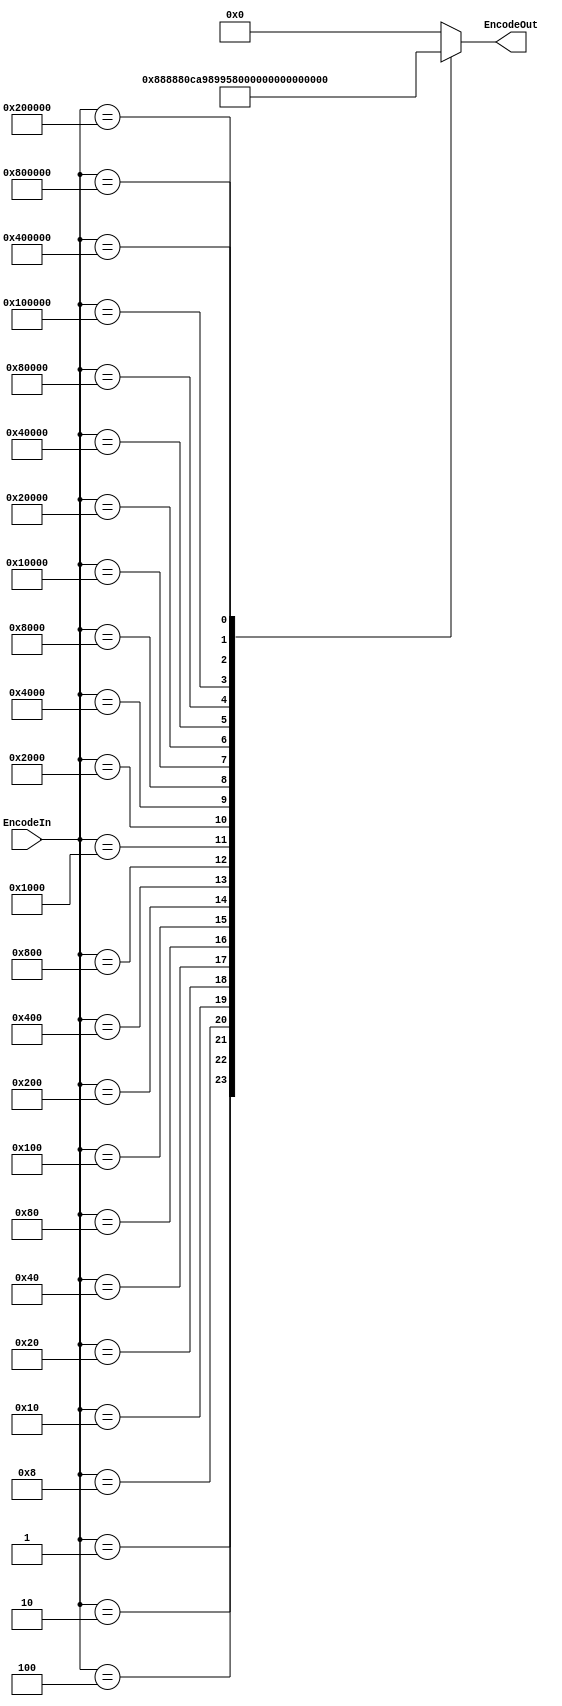
module Encoder(EncodeIn, EncodeOut);
	input [31:0] 	 EncodeIn;
	output reg [4:0] EncodeOut;
	
	always @(EncodeIn) begin
	case(EncodeIn)
	 //32'b00000000000000000000000000000000 : EncodeOut = 5'b00000;
    32'b00000000000000000000000000000001 : EncodeOut <= 5'b00001;
    32'b00000000000000000000000000000010 : EncodeOut <= 5'b00010;
    32'b00000000000000000000000000000100 : EncodeOut <= 5'b00100;
    32'b00000000000000000000000000001000 : EncodeOut <= 5'b01000;
    32'b00000000000000000000000000010000 : EncodeOut <= 5'b10000;
    32'b00000000000000000000000000100000 : EncodeOut <= 5'b00011;
    32'b00000000000000000000000001000000 : EncodeOut <= 5'b00101;
    32'b00000000000000000000000010000000 : EncodeOut <= 5'b01001;
    32'b00000000000000000000000100000000 : EncodeOut <= 5'b10001;
    32'b00000000000000000000001000000000 : EncodeOut <= 5'b00110;
    32'b00000000000000000000010000000000 : EncodeOut <= 5'b01010;
    32'b00000000000000000000100000000000 : EncodeOut <= 5'b10100;
    32'b00000000000000000001000000000000 : EncodeOut <= 5'b01100;
    32'b00000000000000000010000000000000 : EncodeOut <= 5'b11000;
    32'b00000000000000000100000000000000 : EncodeOut <= 5'b01101;
    32'b00000000000000001000000000000000 : EncodeOut <= 5'b10101;
    32'b00000000000000010000000000000000 : EncodeOut <= 5'b10110;
    32'b00000000000000100000000000000000 : EncodeOut <= 5'b01110;
    32'b00000000000001000000000000000000 : EncodeOut <= 5'b11010;
    32'b00000000000010000000000000000000 : EncodeOut <= 5'b11100;
    32'b00000000000100000000000000000000 : EncodeOut <= 5'b10111;
    32'b00000000001000000000000000000000 : EncodeOut <= 5'b11001;
    32'b00000000010000000000000000000000 : EncodeOut <= 5'b11011;
    32'b00000000100000000000000000000000 : EncodeOut <= 5'b11101;
	 default: EncodeOut <= 5'b00000;
	 endcase
	end
	endmodule
	 /*
	 if (00000000000000000000000000000000 <= EncodeIn) assign EncodeOut = 5'b00000;
    if (00000000000000000000000000000001 <= EncodeIn) assign EncodeOut = 5'b00001;
    if (00000000000000000000000000000010 <= EncodeIn) assign EncodeOut = 5'b00010;
    if (00000000000000000000000000000100 <= EncodeIn) assign EncodeOut = 5'b00100;
    if (00000000000000000000000000001000 <= EncodeIn) assign EncodeOut = 5'b01000;
    if (00000000000000000000000000010000 <= EncodeIn) assign EncodeOut = 5'b10000;
    if (00000000000000000000000000100000 <= EncodeIn) assign EncodeOut = 5'b00011;
    if (00000000000000000000000001000000 <= EncodeIn) assign EncodeOut = 5'b00101;
    if (00000000000000000000000010000000 <= EncodeIn) assign EncodeOut = 5'b01001;
    if (00000000000000000000000100000000 <= EncodeIn) assign EncodeOut = 5'b10001;
    if (00000000000000000000001000000000 <= EncodeIn) assign EncodeOut = 5'b00110;
    if (00000000000000000000010000000000 <= EncodeIn) assign EncodeOut = 5'b01010;
    if (00000000000000000000100000000000 <= EncodeIn) assign EncodeOut = 5'b10100;
    if (00000000000000000001000000000000 <= EncodeIn) assign EncodeOut = 5'b01100;
    if (00000000000000000010000000000000 <= EncodeIn) assign EncodeOut = 5'b11000;
    if (00000000000000000100000000000000 <= EncodeIn) assign EncodeOut = 5'b01101;
    if (00000000000000001000000000000000 <= EncodeIn) assign EncodeOut = 5'b10101;
    if (00000000000000010000000000000000 <= EncodeIn) assign EncodeOut = 5'b10110;
    if (00000000000000100000000000000000 <= EncodeIn) assign EncodeOut = 5'b01110;
    if (00000000000001000000000000000000 <= EncodeIn) assign EncodeOut = 5'b11010;
    if (00000000000010000000000000000000 <= EncodeIn) assign EncodeOut = 5'b11100;
    if (00000000000100000000000000000000 <= EncodeIn) assign EncodeOut = 5'b10111;
    if (00000000001000000000000000000000 <= EncodeIn) assign EncodeOut = 5'b11001;
    if (00000000010000000000000000000000 <= EncodeIn) assign EncodeOut = 5'b11011;
    if (00000000100000000000000000000000 <= EncodeIn) assign EncodeOut = 5'b11101;
	 */